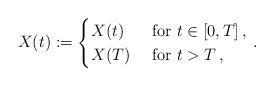
LaTeX: \begin{align*}X(t) := \begin{cases}X(t) & \mbox{ for } t \in [0,T]\, ,\\X(T) & \mbox{ for } t > T\, ,\\\end{cases}\, .\end{align*}